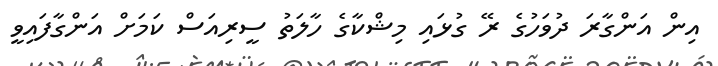
އިން އަންގާރަ ދުވަހުގެ ރޭ ގުޅައި މިޝްކާގެ ހާލަތު ސީރިއަސް ކަމަށް އަންގާފައިވީ